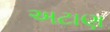
અટાણ